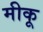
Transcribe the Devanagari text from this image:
मीकू